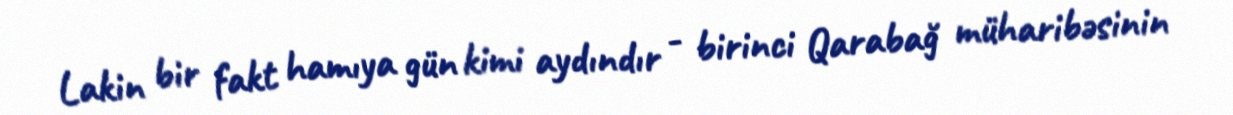
Lakin bir fakt hamıya gün kimi aydındır - birinci Qarabağ müharibəsinin